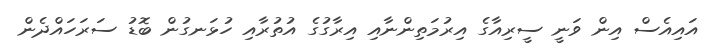
އައިއެސް އިން ވަނީ ސީރިއާގެ އިރުމަތިންނާއި އިރާގުގެ އުތުރާއި ހުޅަނގުން ބޮޑު ސަރަހައްދެން